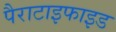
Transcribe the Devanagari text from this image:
पैराटाइफाइड